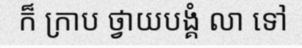
ក៏ ក្រាប ថ្វាយបង្គំ លា ទៅ